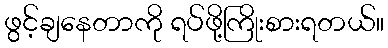
ဖွင့်ချနေတာကို ရပ်ဖို့ကြိုးစားရတယ်။